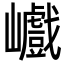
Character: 巇